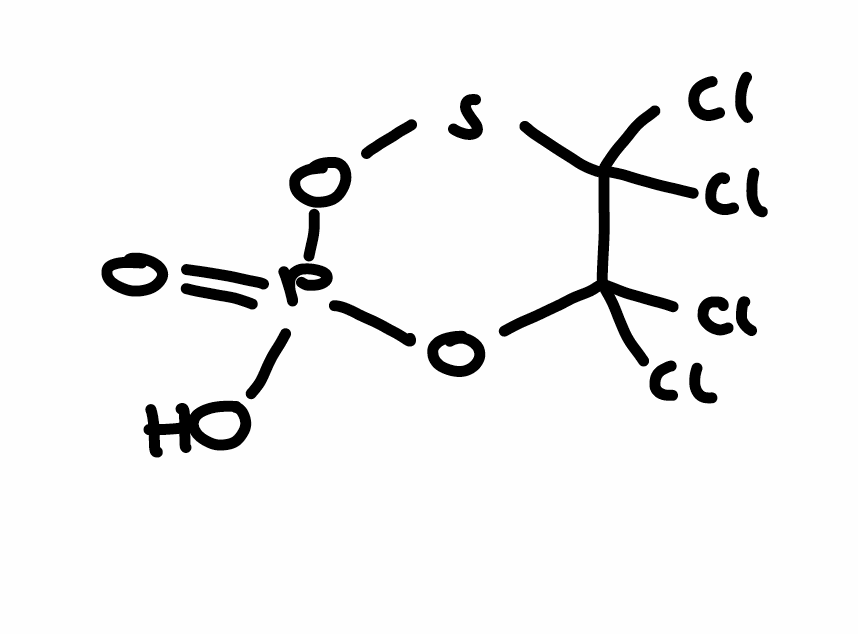
Simplified molecular-input line-entry system (SMILES) notation of the given molecule:
C1(C(SOP(=O)(O1)O)(Cl)Cl)(Cl)Cl